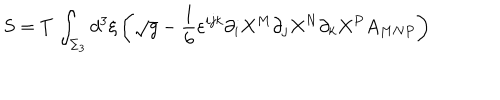
S = T \, \int _ { \Sigma _ { 3 } } d ^ { 3 } \xi \left( \sqrt { g } - \frac { 1 } { 6 } \varepsilon ^ { i j k } \partial _ { i } X ^ { M } \partial _ { j } X ^ { N } \partial _ { k } X ^ { P } A _ { M N P } \right)